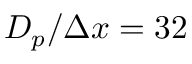
D _ { p } / \Delta x = 3 2